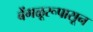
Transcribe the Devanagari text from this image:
बेंगळूरूपासून